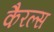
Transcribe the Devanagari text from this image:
कैरल्स